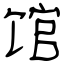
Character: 馆